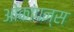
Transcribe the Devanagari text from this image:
ओकांपन्स